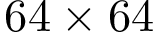
6 4 \times 6 4